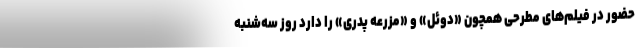
حضور در فیلم‌های مطرحی همچون «دوئل» و «مزرعه پدری» را دارد روز سه‌شنبه